Vital statistics of India. Vol. V, Reports of 1876 on armies & jails and on epidemic cholera
Year: 1876
Disease focus: Cholera
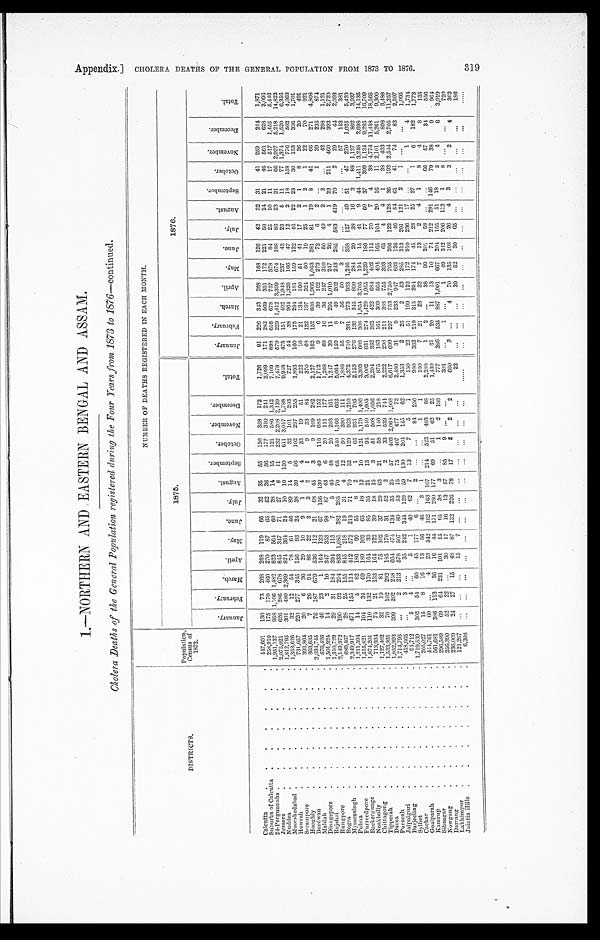
1.—NORTHERN AND EASTERN BENGAL AND ASSAM.
Cholera Deaths of the General Population registered during the Four Years from 1873 to 1876—continued.
DISTRICTS.
Population, Census of
1872.
NUMBER OF DEATHS REGISTERED IN EACH MONTH.
1875.
1876.
J a n u a r y .
F e b r u a r y .
Ma r c h . A p r i l . May. J une . Jul y. Au g u s t .
S e p t e m b e r .
O c t o b e r .
N o v e m b e r . D e c e m b e r .
T o t a l .
J a n u a r y . F e b r u a r y .
Ma r c h . A p r i l .
M a y .
J u n e . Jul y.
Au g u s t .
S e p t e m b e r . O c t o b e r .
N o v e m b e r . D e c e m b e r .
T o t a l .
Calcutta
447,601 130 73 268 268 119 66 32 35 55 150 358 172
1, 726 91 226 343 268 168 126 42 32 31 41 259 244 1,871
Suburbs of Calcutta
258,910 175 170 460 270 87 65 52 36 56 177 310 241
2,099 171 282 569 351 172 221 50 24 21 46 561 628 3,096
24-Pergunnahs 1,951,137 958 1,106 1,482 823 564 60 38 14 15 121 586 1,342 7,109 898 616 678 757 378 84 25 10 11 17 517 1, 455 5,446
Jessore
2,075,021 626 286 678 845 347 71 27 8 11 232 2,208 2,139
7, 478 579 229 1,412 3,399 674 188 86 23 21 66 2,927 5,218 14,822
Nuddea
1, 812, 795 301 480 2,369 824 364 24 10 10 150
6 1 1 3,017 1,788 9,948 475 151 492 1,948 237 43 23 5 11 77 1,374 1,520 6,356
Moorshedabad 1,353,626 32 12 54 78 61 46 89 14 5 32 101 203
727 54 38 964 1,326 166 47 12 2 18 158 776 502 4,063
Howrah
731,057 220 277 345 156 93 24 38 30 56 102 297 255
1,893 160 175 294 181 159 122 46 22 23 30 153 336 1,701
Serampore 393, 864 20 6 36 29 10 9 1 4 4 33 19 51
222 10 21 134 160 51 41 17 2 1 8 26 20 491
Hooghly
363,635 7 26 94 86 22 3 3 2 1 9 33 84
370 68 132 197 324 60 19 25 1 2 1 22 70 921
Burdwan
2,034,745 76 187 679 536 112 21
6 8 45 3 9 109 282 2,127 162 152 608 1,966 1,053 381 81 19 8 41 66 271 4, 808
Maldah 676,426 46 23 1 164 123 67 156 130 49 116 685 152
1,712
9 6 39 192 273 72 6 2
1 39 235 874
Dinagepore
1, 501, 924 14 2 10 347 353 98 87 43 6 20 111 177 1, 268 69 16 36 247 310 50 49 2 2
42 298 1,121
Rajshai
1,310,729 29 31 184 394 113 7 5 46 4 8
26 203 161
1,247 39 11 295 1,010 247 26 4 1 23 211 460 393 2,720
Rungpore
2, 149, 972 190 92 294 833 1,085 382 285 70 65 540 1, 166 662 5, 664 159 8 49 202 243 285 583 419 70 2 29 44 2,093
Bogra
689, 467 28 25 155 845 218 19 31 4 12 50 390 111
1,888 55 7 56 50 3
57 153 381
Mymensingh
2,349,917 471 155 114 412 572 213 71 70 32 129 923 1,210 4,372 710 331 273 933 1, 246 358 127 49 51 47 270 1,025 5,420
Pubna 1, 211, 594 14 5 82 186 99 55
8 2 1 65 931 705
2,153 276 139 245 890 284 29 38 16 3 88 1,127 802 3,937
Furreedpore
1,515,821 104 34 69 189 102 65 18 12 1 0 121 1,179 1,400
3,303 608 308 1,854 3,705 194 15 41 9 44 1,411 3,248 2, 698 14,135
Backergunge 1,874,201 110 132 170 164 33 85 35 21 13 94 540 1,605 3, 002 631 274 1,429 1,955 1,229 189 77 60 37 399 1,134 9,295 16,709
Noakholly 713, 934 74 21 133 164 122 39 18 15 3 51 508 1,056 2, 204 332 262 422 684 402 115 70 7 4 38 4,774 11,458 18,565
Chittagong
1,127,402 32 19 81 75 102 37 29 63 21 58 140 218
875 183 161 309 565 404 165 104 20 16 11 2,101 5,261 9,300
Tipperah
1,533,931 70 102 292 185 170 31 52 2 2 33 539 744 2,222 298 211 388 755 393 6 5 4 4 1 38 433
8 9 8 3, 488
Dacca
1,852,993 399 202 248 664 474 134 35 25 57 403 2,068 1,908 6,617 699 297 753 2,750 765 266 122 128 36 192 2,544 2,705 11,257
Purneah
1,714,795
2 213 578 507 80 53 15 75 407 477 73
2,480 31 9 233 947 892 126 46 54 61 41 74 83 2,597
Jalpaiguri 418,665
3
35 242 344 129 59 130 204 145 62 1,353
2 25 2 53 285 313 291 121 2 1
1 , 0 9 5
Darjeeling
94,712 5 4
5 1 40 62 7 13 7 5 1
150 22 51 199 122 172 910 236 17
1
4 1, 734
Sylhet
1,719,539 302 54
6 0 45 177
6
2
84 250
980 362 219 315 394 174 45 23 25 27 1 6 182 1, 773
Cachar
205,027 15 8 16 13 56 46 3 1
1 1
160
7 21 28 32 7 13 2 4 1 8 4
8 135
Goalparah 444, 761 60
4 23 542 162 163 107 214 522 403 88 2, 288
1
2
38 99 201 58
66 57 34
556
Kamrup
561,681 386 113 36 16 44 171 280 177 69 51 62 25
1,430 61 20 11 13 10 74 212 291 146 79 38
9 964
Sibsagar
296, 589
6 9 64 231 101 15 65 38 3
1 2 188
777 386 535 887 1,001 667 204 155 51 18
5 4
6
3 , 9 1 9
Nowgong 256,390 52 22
30 17 16 13 57 85 9
301
1
1 49 342 206 112 1
8
7 2 0
Darrang 236,009 24 27 15 48 87 132 226 7 8 17
2 2 2
660
3
4 70 135 108 26 4 3 3 2
4 362
Lakhimpur
121,267
15
7
2 2
39 52 30 65
186
Jaintia Hills
6,308
A p p e n d i x . ]
C H O L E R A D E A T H S O F T H E G E N E R A L P O P U L A T I O N F R O M 1 8 7 3 T O 1 8 7 6 .
319